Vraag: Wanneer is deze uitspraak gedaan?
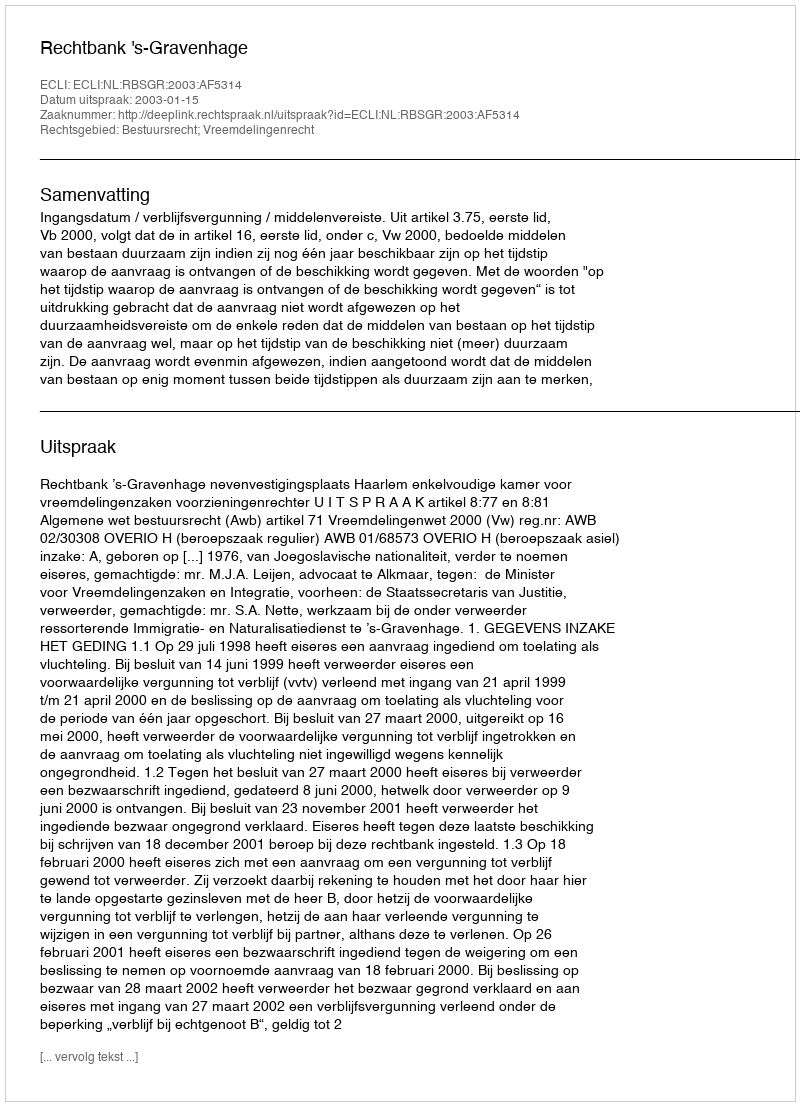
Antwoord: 2003-01-15